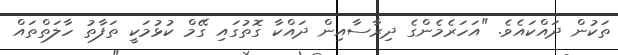
ތަކުން ދައްކައެވެ. "އަހަރެމެންގެ ދިރާސާއިން ދައްކާ ގޮތުގައި ގޭމް ކުޅުމަކީ ތަފާތު ހާލަތްތައް